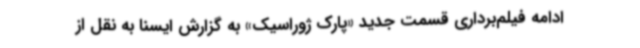
ادامه فیلم‌برداری قسمت جدید «پارک ژوراسیک» به گزارش ایسنا به نقل از